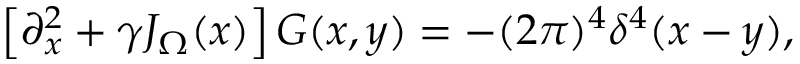
\left[ \partial _ { x } ^ { 2 } + \gamma J _ { \Omega } ( x ) \right] G ( x , y ) = - ( 2 \pi ) ^ { 4 } \delta ^ { 4 } ( x - y ) ,